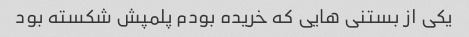
یکی از بستنی هایی که خریده بودم پلمپش شکسته بود